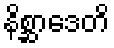
နိစ္ဆာဒေတိ